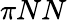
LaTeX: \pi NN